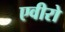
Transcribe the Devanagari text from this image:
एवीरो